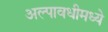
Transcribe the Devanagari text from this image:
अल्पावधीमध्ये